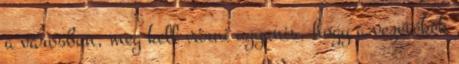
a városban, meg kell várni ugyanis, hogy a vezetékek